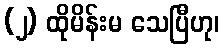
(၂) ထိုမိန်းမ သေပြီဟု၊